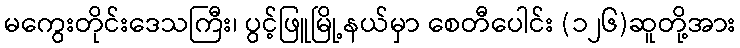
မကွေးတိုင်းဒေသကြီး၊ ပွင့်ဖြူမြို့နယ်မှာ စေတီပေါင်း (၁၂၆)ဆူတို့အား